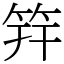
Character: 筓